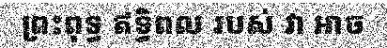
ព្រះពុទ្ធ ឥទ្ធិពល របស់ វា អាច